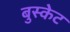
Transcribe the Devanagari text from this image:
बुस्केट